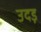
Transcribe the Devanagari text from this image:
उदड़